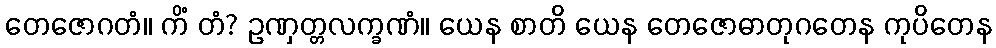
တေဇောဂတံ။ ကိံ တံ? ဥဏှတ္တလက္ခဏံ။ ယေန စာတိ ယေန တေဇောဓာတုဂတေန ကုပိတေန